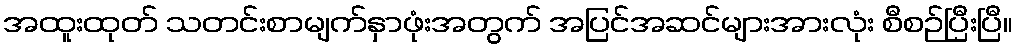
အထူးထုတ် သတင်းစာမျက်နှာဖုံးအတွက် အပြင်အဆင်များအားလုံး စီစဉ်ပြီးပြီ။